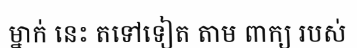
ម្នាក់ នេះ តទៅទៀត តាម ពាក្យ របស់